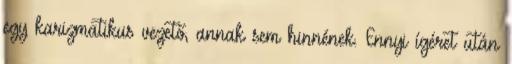
egy karizmatikus vezető, annak sem hinnének. Ennyi ígéret után